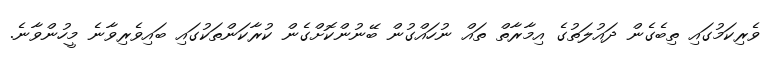
ވެރިކަމުގައި ތިބެގެން ދައުލަތުގެ އިމާރާތް ތައް ނުހައްގުން ބޭނުންކޮށްގެން ކުރާކަންތަކުގައި ބައިވެރިވާނެ މީހުންވާނެ.